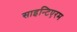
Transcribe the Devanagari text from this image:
साइन्टिएरम